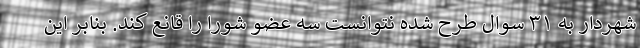
شهردار به ۳۱ سوال طرح شده نتوانست سه عضو شورا را قانع کند. بنابر این